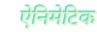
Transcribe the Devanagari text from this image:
ऐनिमेटिक